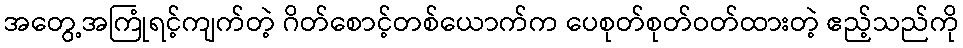
အတွေ့အကြုံရင့်ကျက်တဲ့ ဂိတ်စောင့်တစ်ယောက်က ပေစုတ်စုတ်ဝတ်ထားတဲ့ ဧည့်သည်ကို